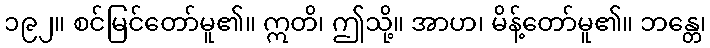
၁၉၂။ စင်မြင်တော်မူ၏။ ဣတိ၊ ဤသို့။ အာဟ၊ မိန့်တော်မူ၏။ ဘန္တေ၊